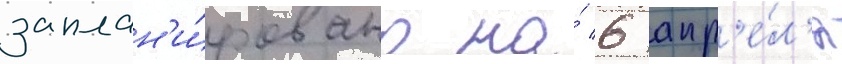
заплан'и́ровано на́ 6 апр'е́л'я